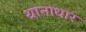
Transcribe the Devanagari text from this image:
थानाधार